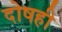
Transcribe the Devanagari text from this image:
दोषही